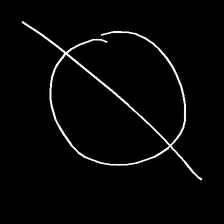
Glyph: orb